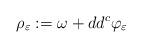
LaTeX: \begin{align*} \rho_\varepsilon:=\omega+dd^c\varphi_\varepsilon\end{align*}